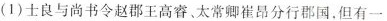
(1)士良与尚书令赵郡王高睿、太常卿崔昂分行郡国，但有一